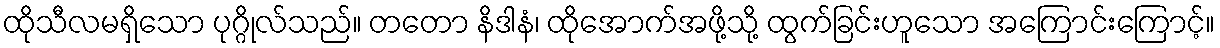
ထိုသီလမရှိသော ပုဂ္ဂိုလ်သည်။ တတော နိဒါနံ၊ ထိုအောက်အဖို့သို့ ထွက်ခြင်းဟူသော အကြောင်းကြောင့်။